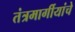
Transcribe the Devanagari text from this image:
तंत्रमार्गीयांचे